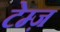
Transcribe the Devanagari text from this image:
टेम्ज़